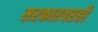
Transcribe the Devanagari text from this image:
सरकारवरही